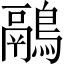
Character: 鷊